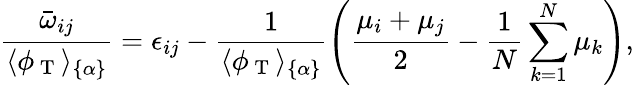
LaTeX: \frac{\bar{\omega}_{ij}}{\langle\phi_{\mathrm{~T~}}\rangle_{\{ \alpha\} }}=\epsilon_{ij}-\frac{1}{\langle\phi_{\mathrm{~T~}}\rangle_{\{ \alpha\} }}\left(\frac{\mu_{i}+\mu_{j}}{2}-\frac{1}{N}\sum_{k=1}^{N}\mu_{k}\right),